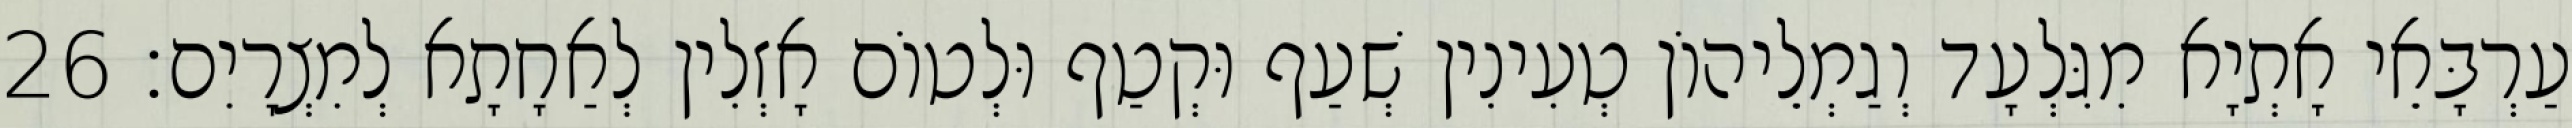
עַרְבָּאֵי אָתְיָא מִגִּלְעָד וְגַמְלֵיהוֹן טְעִינִין שְׁעַף וּקְטַף וּלְטוֹם אָזְלִין לְאַחָתָא לְמִצְרָיִם׃ 26